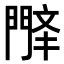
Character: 𫔤